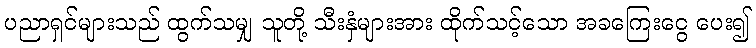
ပညာရှင်များသည် ထွက်သမျှ သူတို့ သီးနှံများအား ထိုက်သင့်သော အခကြေးငွေ ပေး၍